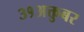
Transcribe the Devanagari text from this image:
३१अक्तुबर